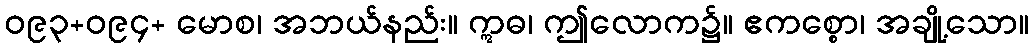
ဝ၉၃+ဝ၉၄+ မောစ၊ အဘယ်နည်း။ ဣဓ၊ ဤလောက၌။ ဧကစ္စော၊ အချို့သော။